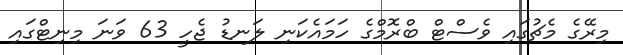
މިރޭގެ މެޗުގައި ވެސްޓް ބްރޮމްގެ ހަމައެކަނި ލަނޑު ޖެހީ 63 ވަނަ މިނިޓްގައި